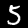
Label: 5